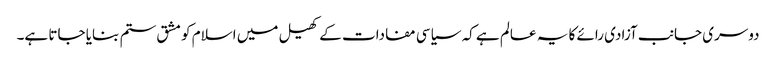
دوسری جانب آزادی رائے کا یہ عالم ہے کہ سیاسی مفادات کے کھیل میں اسلام کو مشق ستم بنایا جاتا ہے۔